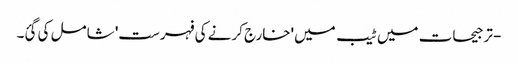
- ترجیحات میں ٹیب میں 'خارج کرنے کی فہرست' شامل کی گئ۔